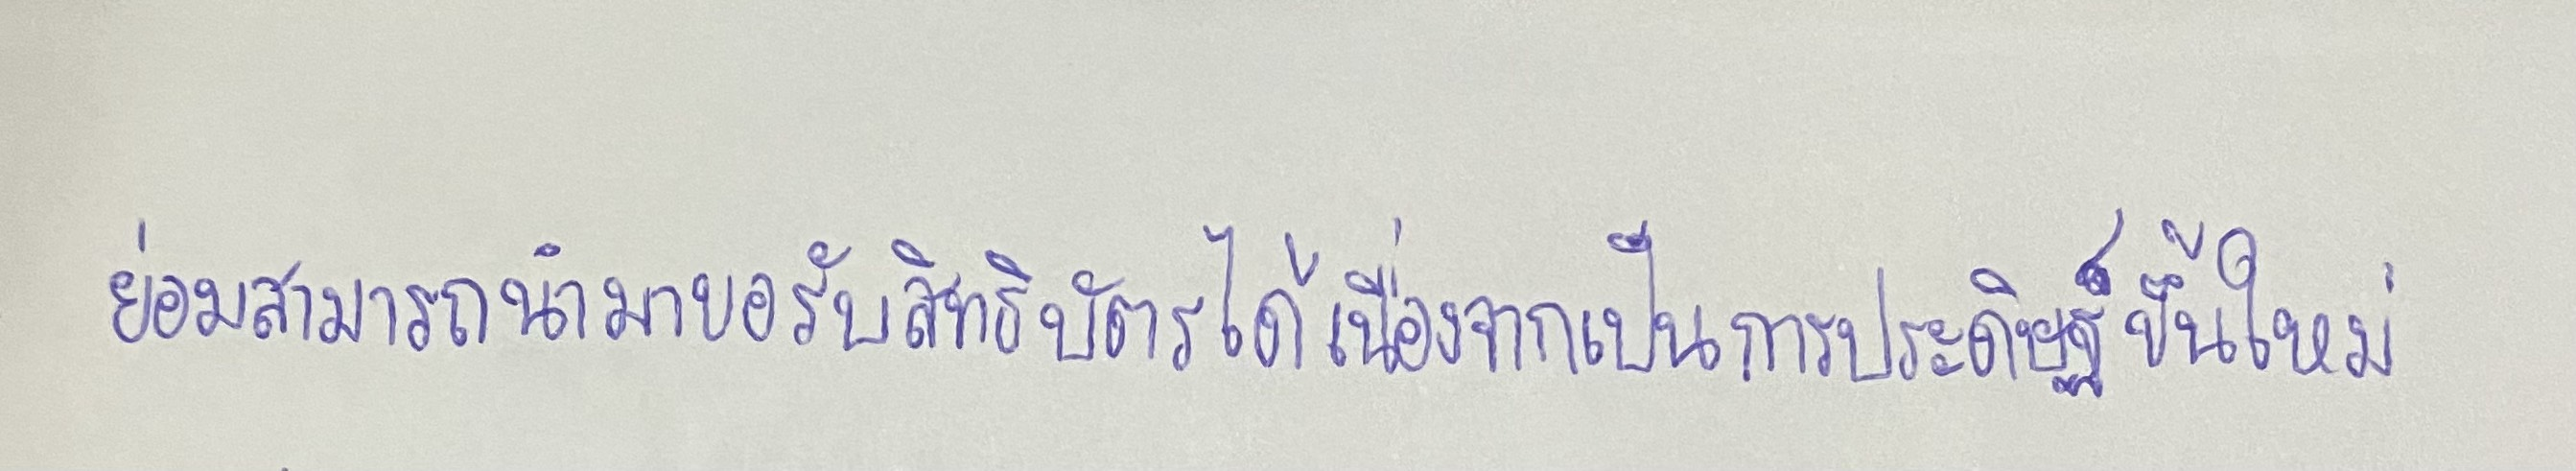
ย่อมสามารถนำมาขอรับสิทธิบัตรได้เนื่องจากเป็นการประดิษฐ์ขึ้นใหม่